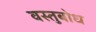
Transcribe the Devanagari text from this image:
वस्तुबोध